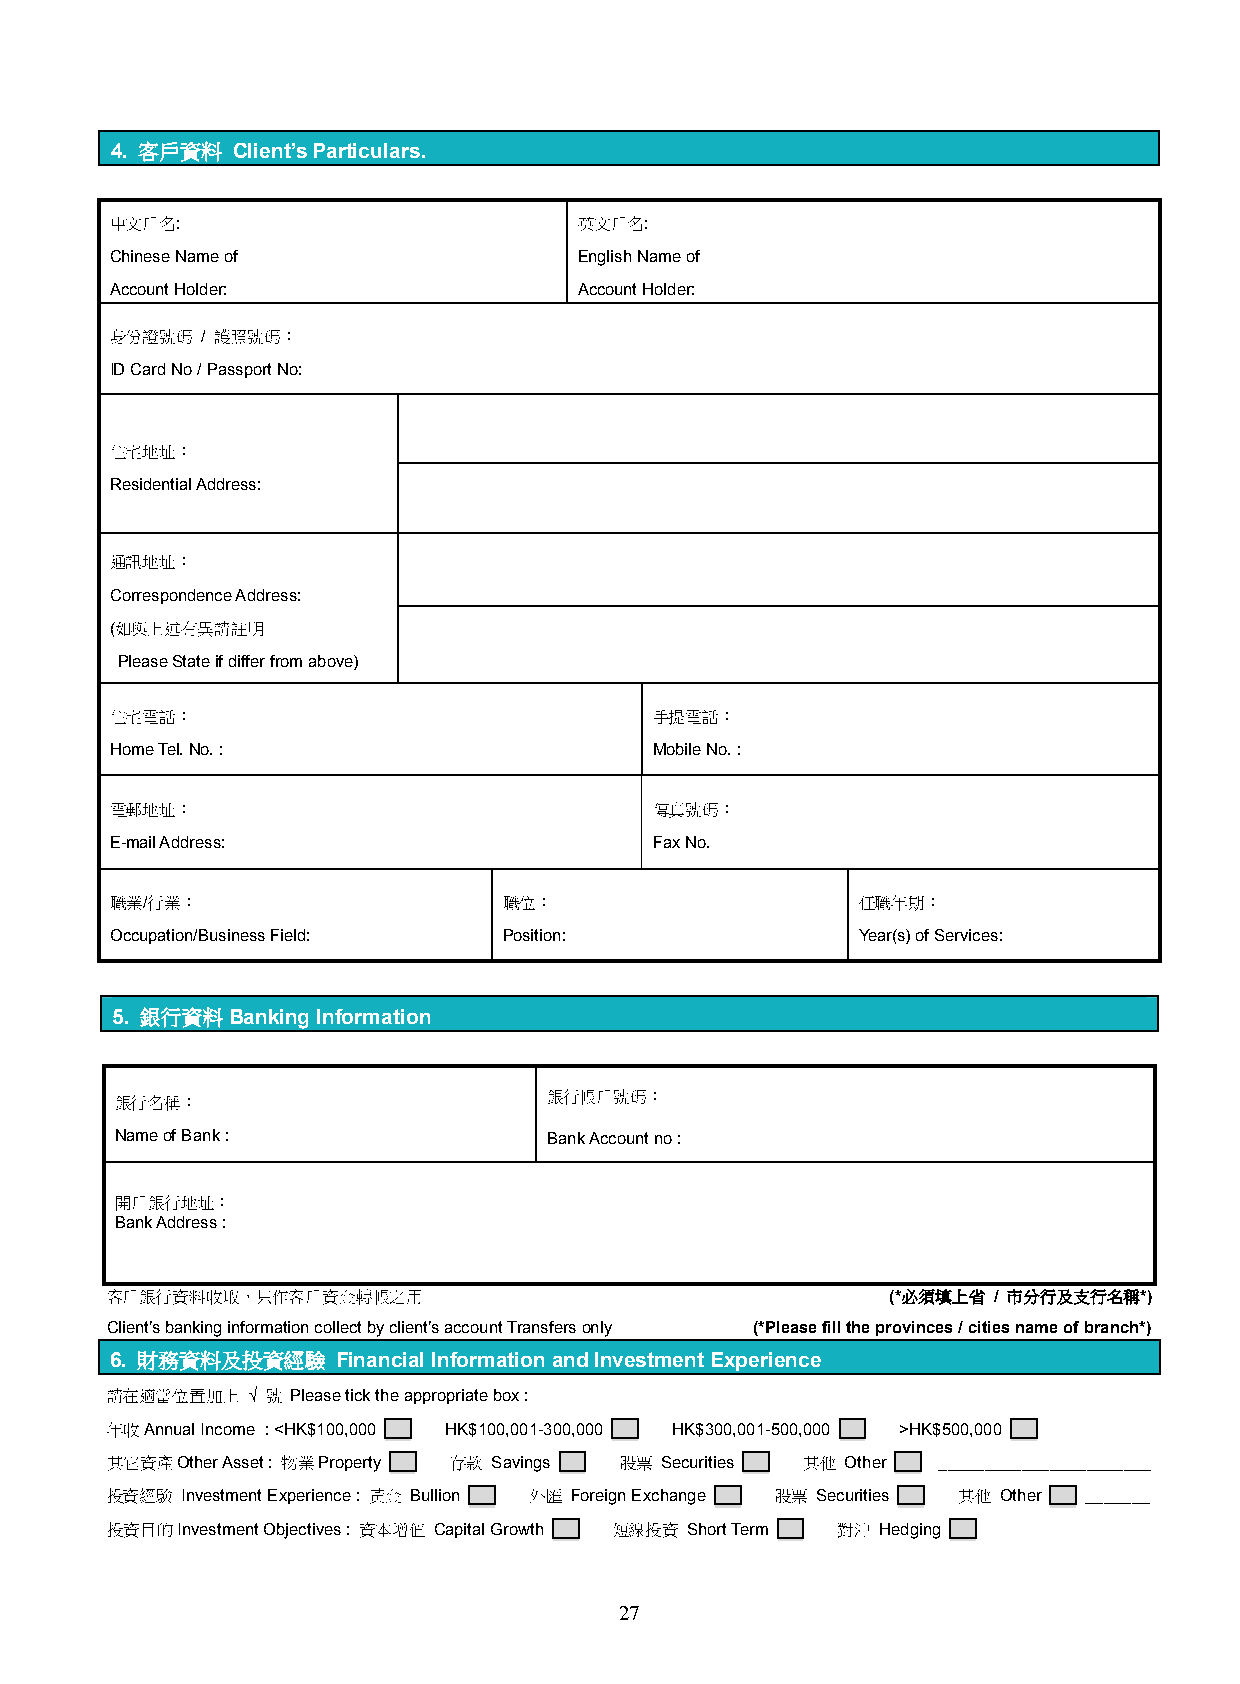
4. 客戶資料 Client’s Particulars.
 中文戶名:                          英文戶名:
 Chinese Name of                English Name of
 Account Holder:                Account Holder:
 身份證號碼 / 護照號碼：
 ID Card No / Passport No:
 住宅地址：
 Residential Address:
 通訊地址：
 Correspondence Address:
 (如與上述有異請註明
 Please State if differ from above)
 住宅電話：                               手提電話：
 Home Tel. No. :                     Mobile No. :
 電郵地址：                               傳真號碼：
 E-mail Address:                     Fax No.
 職業/行業：                    職位：                     任職年期：
 Occupation/Business Field: Position:              Year(s) of Services:
 5. 銀行資料Banking Information
 銀行名稱：                       銀行帳戶號碼：
 Name of Bank :              Bank Account no :
 開戶銀行地址：
 Bank Address :
 客戶銀行資料收取，只作客戶資金轉帳之用                                 (*必須填上省 / 市分行及支行名稱*)
 Client’s banking information collect by client’s account Transfers only (*Please fill the provinces / cities name of branch*)
 6. 財務資料及投資經驗   Financial Information and Investment Experience
 請在適當位置加上 √ 號 Please tick the appropriate box :
 年收Annual Income : <HK$100,000 HK$100,001-300,000 HK$300,001-500,000 >HK$500,000 v
 其它資產Other Asset : 物業Property 存款 Savings 股票 Securities 其他 Other _______________________
 投資經驗 Investment Experience : 黃金 Bullion 外匯 Foreign Exchange 股票 Securities 其他 Other _______
 投資目的Investment Objectives : 資本增值 Capital Growth 短線投資 Short Term 對沖 Hedging v
 27